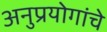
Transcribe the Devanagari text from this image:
अनुप्रयोगांचे